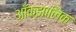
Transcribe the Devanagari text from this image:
आँक्झालिक